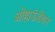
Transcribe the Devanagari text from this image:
ओहाऊंडेशन